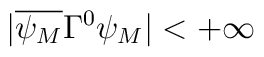
|\overline{\psi_{M}} \Gamma^{0} \psi_{M}| < +\infty